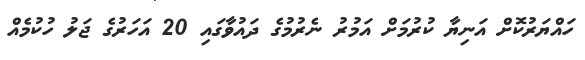
ހައްޔަރުކޮށް އަނިޔާ ކުރުމަށް އަމުރު ނެރުމުގެ ދައުވާގައި 20 އަހަރުގެ ޖަލު ހުކުމެއް